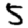
Digit: 5